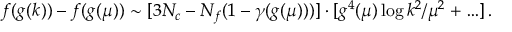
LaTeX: f ( g ( k ) ) - f ( g ( \mu ) ) \sim [ 3 N _ { c } - N _ { f } ( 1 - \gamma ( g ( \mu ) ) ) ] \cdot [ g ^ { 4 } ( \mu ) \log k ^ { 2 } / \mu ^ { 2 } + \ldots ] \, .